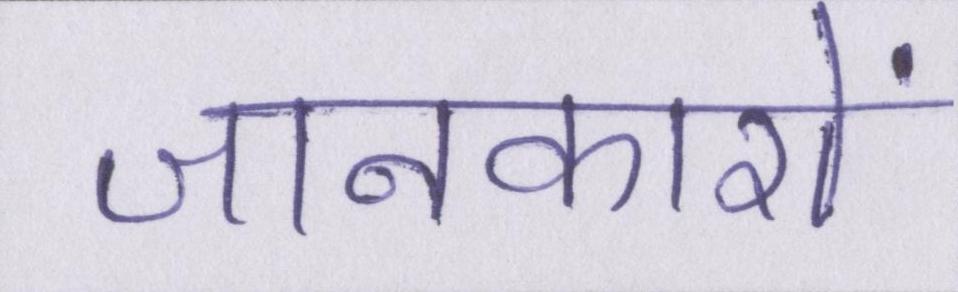
जानकारों